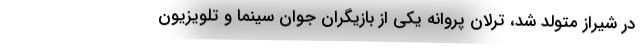
در شیراز متولد شد، ترلان پروانه یکی از بازیگران جوان سینما و تلویزیون